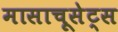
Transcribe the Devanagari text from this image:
मासाचूसेट्स